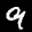
Label: 9